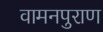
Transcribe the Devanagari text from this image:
वामनपुराण